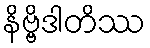
နိဗ္ဗိဒါတိဿ